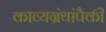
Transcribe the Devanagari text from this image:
काव्यग्रंथांपैकी